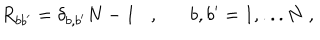
LaTeX: R _ { b b ^ { \prime } } = \delta _ { b , b ^ { \prime } } N - 1 , b , b ^ { \prime } = 1 , . . . N \; ,